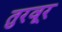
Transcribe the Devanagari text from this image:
तुरवूर